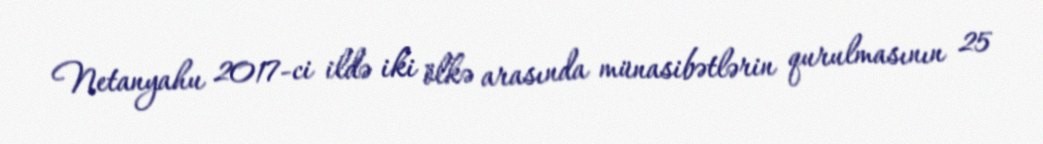
Netanyahu 2017-ci ildə iki ölkə arasında münasibətlərin qurulmasının 25